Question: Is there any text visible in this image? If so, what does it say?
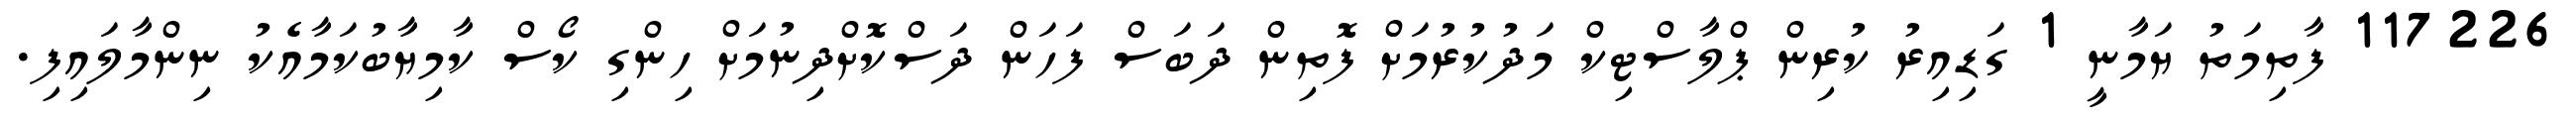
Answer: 117226 ފާތިމަތު ޔަމާނީ 1 ގަޑިއިރު ކުރިން ޕްލާސްޓިކް މަދުކުރުމަށް ފޮތިން ދަބަސް ފަހަން ދަސްކޮށްދިނުމަށް ހިންގި ކޯސް ކާމިޔާބުކަމާއެކު ނިންމާލައިފި.